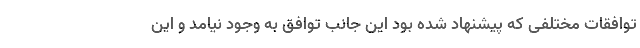
توافقات مختلفی که پیشنهاد شده بود این جانب توافق به وجود نیامد و این